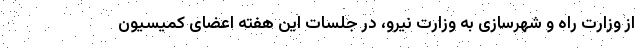
از وزارت راه و شهرسازی به وزارت نیرو، در جلسات این هفته اعضای کمیسیون